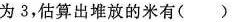
为3，估算出堆放的米有( )